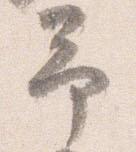
予